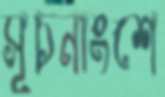
সূচনাংশে